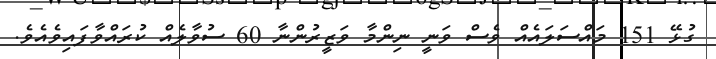
ގުޅޭ 151 މައްސަލައެއް ވެސް ވަނީ ނިންމާ ވަޒީރުންނާ 60 ސުވާލެއް ކުރައްވާފައިވެއެވެ.